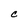
Character: C